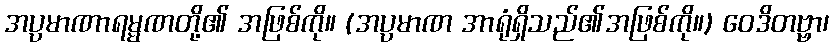
အပ္ပမာဏာရမ္မဏတို့၏ အဖြစ်ကို။ (အပ္ပမာဏ အာရုံရှိသည်၏အဖြစ်ကို။) ဝေဒိတဗ္ဗာ၊